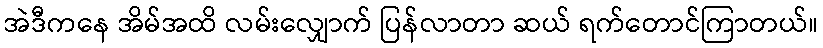
အဲဒီကနေ အိမ်အထိ လမ်းလျှောက် ပြန်လာတာ ဆယ် ရက်တောင်ကြာတယ်။